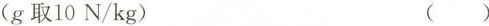
(g取10N/kg) ()